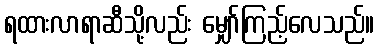
ရထားလာရာဆီသို့လည်း မျှော်ကြည့်လေသည်။